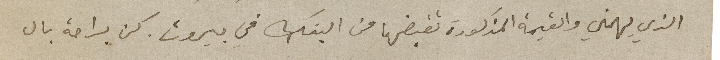
الذي يهمني والقيمة المذكورة تقبضها من البنك في بيروت. كن براحة بال